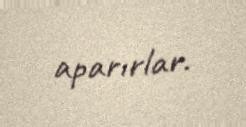
aparırlar.